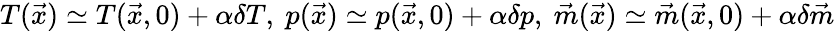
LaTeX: T(\vec{x})\simeq T(\vec{x},0)+\alpha\delta T,\ p(\vec{x})\simeq p(\vec{x},0)+\alpha\delta p,\ \vec{m}(\vec{x})\simeq\vec{m}(\vec{x},0)+\alpha\delta\vec{m}